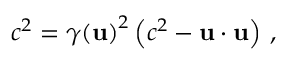
c ^ { 2 } = { \gamma ( \mathbf { u } ) } ^ { 2 } \left( c ^ { 2 } - \mathbf { u } \cdot \mathbf { u } \right) \, ,